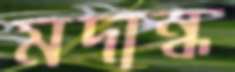
মদান্ধ